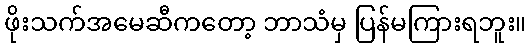
ဖိုးသက်အမေဆီကတော့ ဘာသံမှ ပြန်မကြားရဘူး။